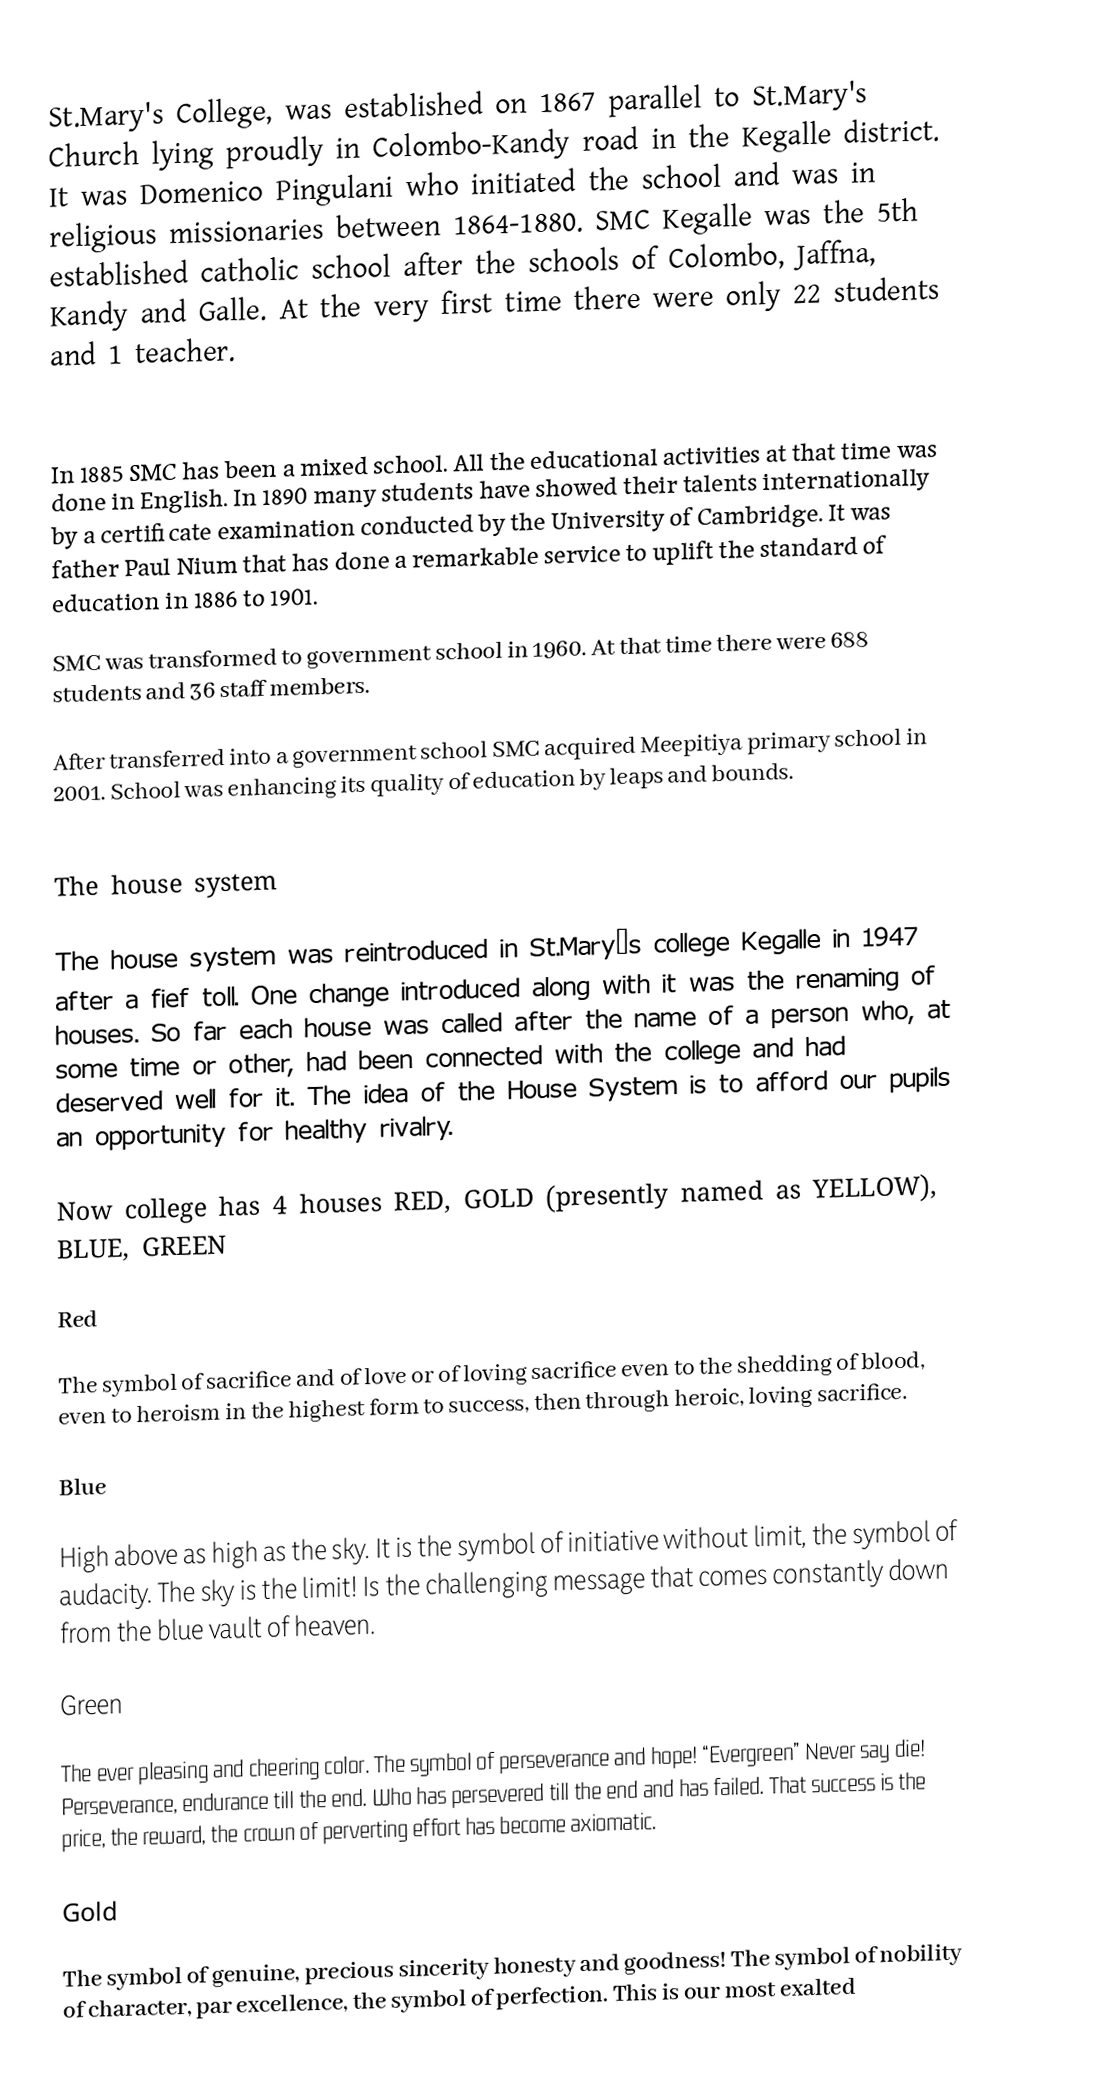
St.Mary's College, was established on 1867 parallel to St.Mary's Church lying proudly in Colombo-Kandy road in the Kegalle district. It was Domenico Pingulani who initiated the school and was in religious missionaries between 1864-1880. SMC Kegalle was the 5th established catholic school after the schools of Colombo, Jaffna, Kandy and Galle. At the very first time there were only 22 students and 1 teacher.

In 1885 SMC has been a mixed school. All the educational activities at that time was done in English. In 1890 many students have showed their talents internationally by a certificate examination conducted by the University of Cambridge. It was father Paul Nium that has done a remarkable service to uplift the standard of education in 1886 to 1901.

         SMC was transformed to government school in 1960. At that time there were 688 students and 36 staff members.

         After transferred into a government school SMC acquired Meepitiya primary school in 2001. School was enhancing its quality of education by leaps and bounds.

The house system

The house system was reintroduced in St.Mary’s college Kegalle in 1947 after a fief toll. One change introduced along with it was the renaming of houses. So far each house was called after the name of a person who, at some time or other, had been connected with the college and had deserved well for it. The idea of the House System is to afford our pupils an opportunity for healthy rivalry.

Now college has 4 houses RED, GOLD (presently named as YELLOW), BLUE, GREEN

Red

The symbol of sacrifice and of love or of loving sacrifice even to the shedding of blood, even to heroism in the highest form to success, then through heroic, loving sacrifice.

Blue

High above as high as the sky. It is the symbol of initiative without limit, the symbol of audacity. The sky is the limit! Is the challenging message that comes constantly down from the blue vault of heaven.

Green

The ever pleasing and cheering color. The symbol of perseverance and hope! “Evergreen” Never say die! Perseverance, endurance till the end. Who has persevered till the end and has failed. That success is the price, the reward, the crown of perverting effort has become axiomatic.

Gold

The symbol of genuine, precious sincerity honesty and goodness! The symbol of nobility of character, par excellence, the symbol of perfection. This is our most exalted